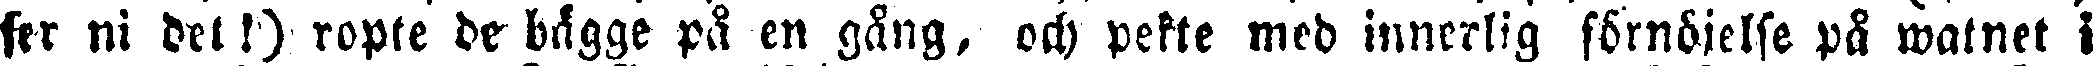
fer ni det!) ropte de bägge på en gång, och pekte med innerlig förnöjelse på watnet i